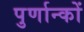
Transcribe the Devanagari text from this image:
पुर्णान्कों